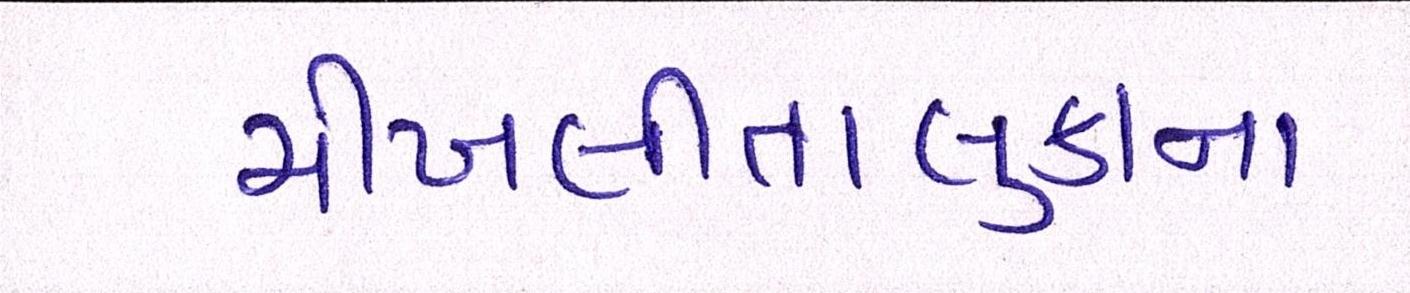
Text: ચીખલીતાલુકાના